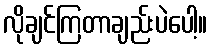
လိုချင်ကြတာချည်းပဲပေါ့။